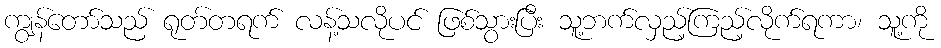
ကျွန်တော်သည် ရုတ်တရက် လန့်သလိုပင် ဖြစ်သွားပြီး သူ့ဘက်လှည့်ကြည့်လိုက်ရကာ၊ သူ့ကို